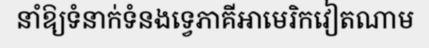
នាំឱ្យទំនាក់ទំនងទ្វេភាគីអាមេរិកវៀតណាម